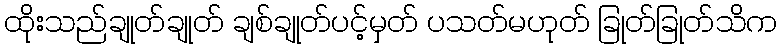
ထိုးသည်ချုတ်ချုတ် ချစ်ချုတ်ပင့်မှတ် ပသတ်မဟုတ် ခြုတ်ခြုတ်သိက